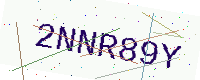
Text: 2NNR89Y